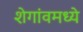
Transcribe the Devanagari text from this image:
शेगांवमध्ये